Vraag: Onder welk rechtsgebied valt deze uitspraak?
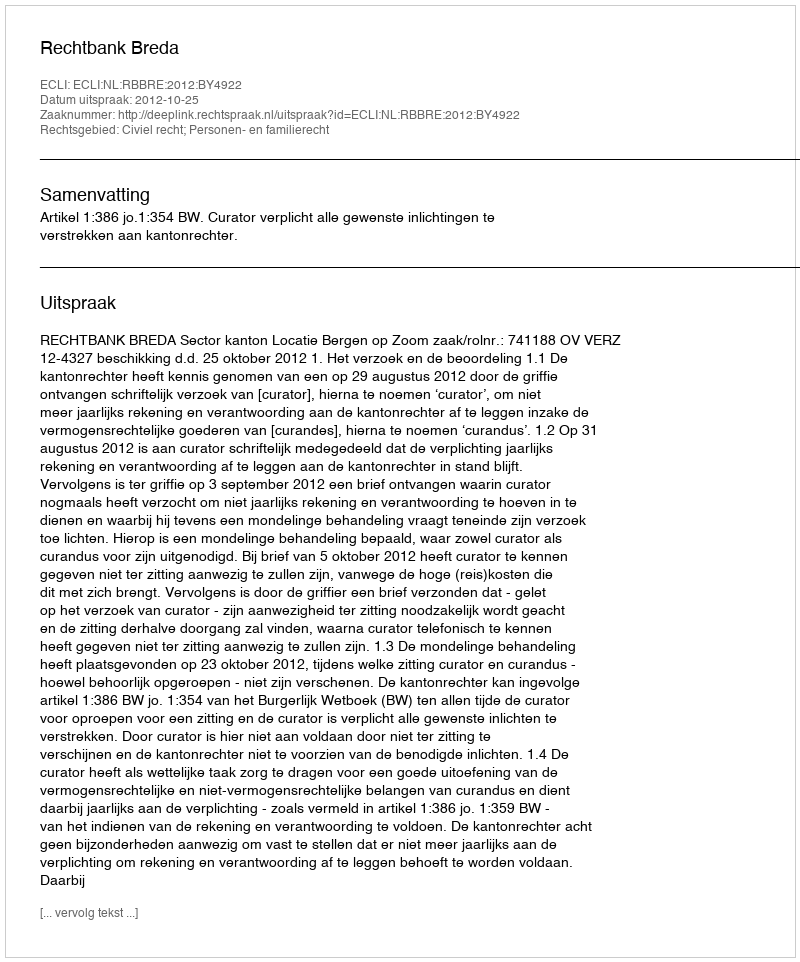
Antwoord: Civiel recht; Personen- en familierecht